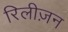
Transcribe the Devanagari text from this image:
रिलीज़न